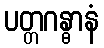
ပတ္တဂန္ဓာနံ